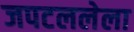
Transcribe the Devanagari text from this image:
जपटललेला